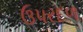
ઉપરદળ